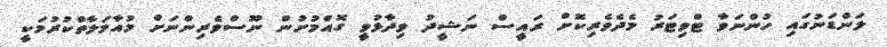
ލަންޑަނުގައި ހުންނަވާ ޓްވިޓަރު މެދެވެރިކޮށް ރައީސް ނަޝީދު ވިދާޅުވީ ގޮއްމުށުން ނޫސްވެރިންނަށް މުއާމަލާތްކުރުމަކީ